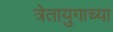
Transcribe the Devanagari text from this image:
त्रेतायुगाच्या